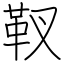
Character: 靫